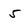
Character: 5